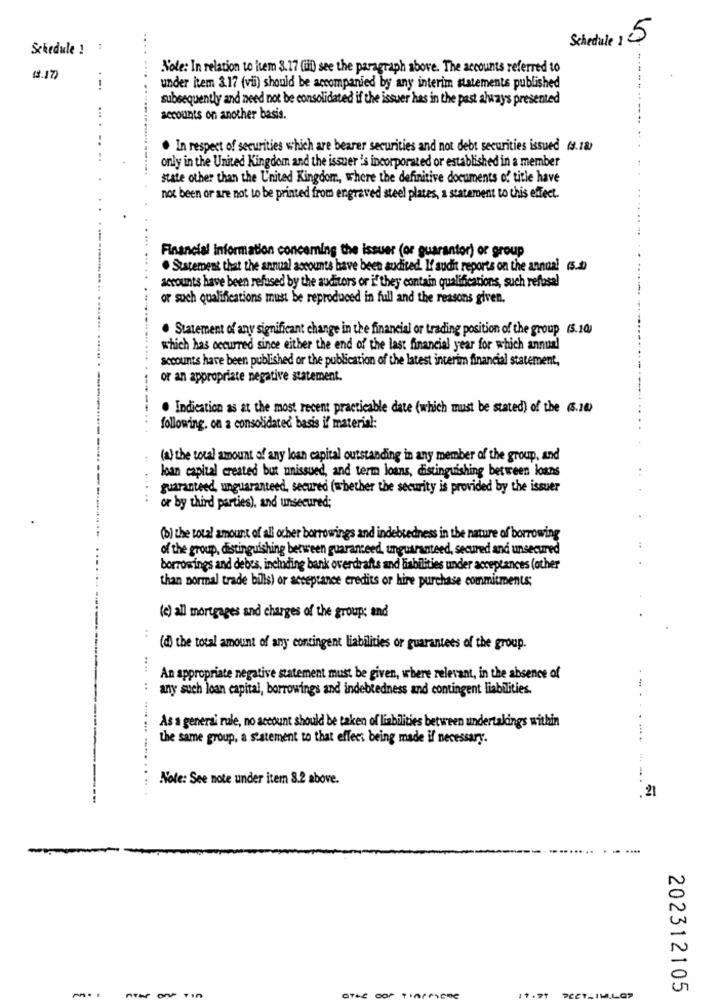
Schedule 15
Schedule ! :
.... .
Note: In relation to kem 3.17 (i see the paragraph above. The accounts referred to
(3.17)
!
under item 3.17 (vii) should be accompanied by any interim statements published
subsequently and need not be consolidated if the issuer has in the past always presented
...
accounts on another basis.
..... ...............
. In respect of securities which are bearer securities and not debt securities issued (4.18)
only in the United Kingdom and the issuer 's incorporated or established in a member
state other than the United Kingdom, where the definitive documents of title have
not been or are not to be printed from engraved steel plates, a statement to this effect.
Financial information concerning the issuer (or guarantor) or group
. Statement that the annual accounts have been audited. L'audit reports on the annual (5.5)
accounts have been refused by the auditors or if they contain qualifications, such refusal
or such qualifications must be reproduced in full and the reasons given.
. Statement of any significant change in the financial or trading position of the group (5.10)
which has occurred since either the end of the last financial year for which annual
accounts have been published or the publication of the latest interim financial statement,
or an appropriate negative statement.
. Indication as at the most recent practicable date (which must be stated) of the (5.10)
following. on a consolidated basis il material:
(a) the total amount of any loan capital outstanding in any member of the group, and
loan capital created but unissued, and term loans, distinguishing between loans
guaranteed, unguaranteed, secured (whether the security is provided by the issuer
or by third parties), and unsecured;
(b) the total amount of all other borrowings and indebtedness in the nature of borrowing
of the group, distinguishing between guaranteed, unguaranteed, secured and unsecured
borrowings and debes, including bank overdrafts and liabilities under acceptances (other
than normal trade bills) or acceptance credits or hire purchase commitments;
(e) all mortgages and charges of the group; and
(d) the total amount of any contingent liabilities or guarantees of the group.
An appropriate negative statement must be given, where relevant, in the absence of
any such loan capital, borrowings and indebtedness and contingent liabilities.
As a general rule, no account should be taken of liabilities between undertakings within
the same group, a statement to that effect being made if necessary.
Note: See note under item 8.2 above.
-.
21
....
202312105